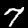
Digit: 7